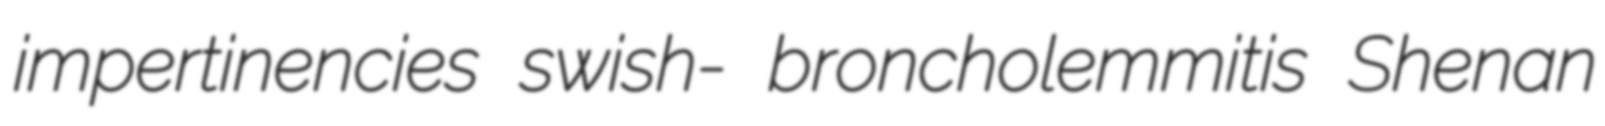
impertinencies swish- broncholemmitis Shenan